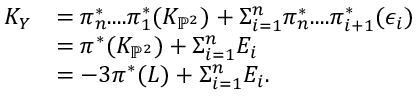
\begin{array} { r l } { K _ { Y } } & { = \pi _ { n } ^ { * } . . . . \pi _ { 1 } ^ { * } ( K _ { \mathbb { P } ^ { 2 } } ) + \Sigma _ { i = 1 } ^ { n } \pi _ { n } ^ { * } . . . . \pi _ { i + 1 } ^ { * } ( \epsilon _ { i } ) } \\ & { = \pi ^ { * } ( K _ { \mathbb { P } ^ { 2 } } ) + \Sigma _ { i = 1 } ^ { n } E _ { i } } \\ & { = - 3 \pi ^ { * } ( L ) + \Sigma _ { i = 1 } ^ { n } E _ { i } . } \end{array}